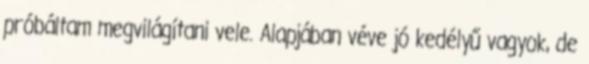
próbáltam megvilágítani vele. Alapjában véve jó kedélyű vagyok, de